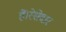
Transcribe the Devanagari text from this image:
हैं।रेशेदार